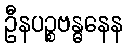
ဦနပဉ္စဗန္ဓနေန